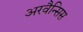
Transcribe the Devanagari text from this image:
अरवैन्सिस